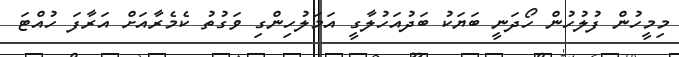
މިމީހުން ފުލުހުން ހޯދަނީ ބަޔަކު ބަދުއަހުލާގީ އަމަލުހިންގި ވަގުތު ކެމެރާއަށް އަރާފަ ހުއްޓަ